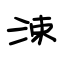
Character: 涑